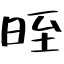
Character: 晊